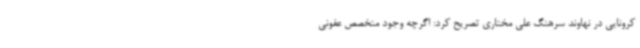
کرونایی در نهاوند سرهنگ علی مختاری تصریح کرد: اگرچه وجود متخصص عفونی